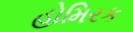
હોમિરક